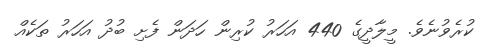
ކުރެވުނެވެ. މީލާދީގެ 440 އަހަރު ކުރިން ހަދަން ފެށި ބުދު އަހަރު ތަކެއް